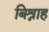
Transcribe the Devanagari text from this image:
बिश्नाह